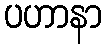
ပဟာနာ